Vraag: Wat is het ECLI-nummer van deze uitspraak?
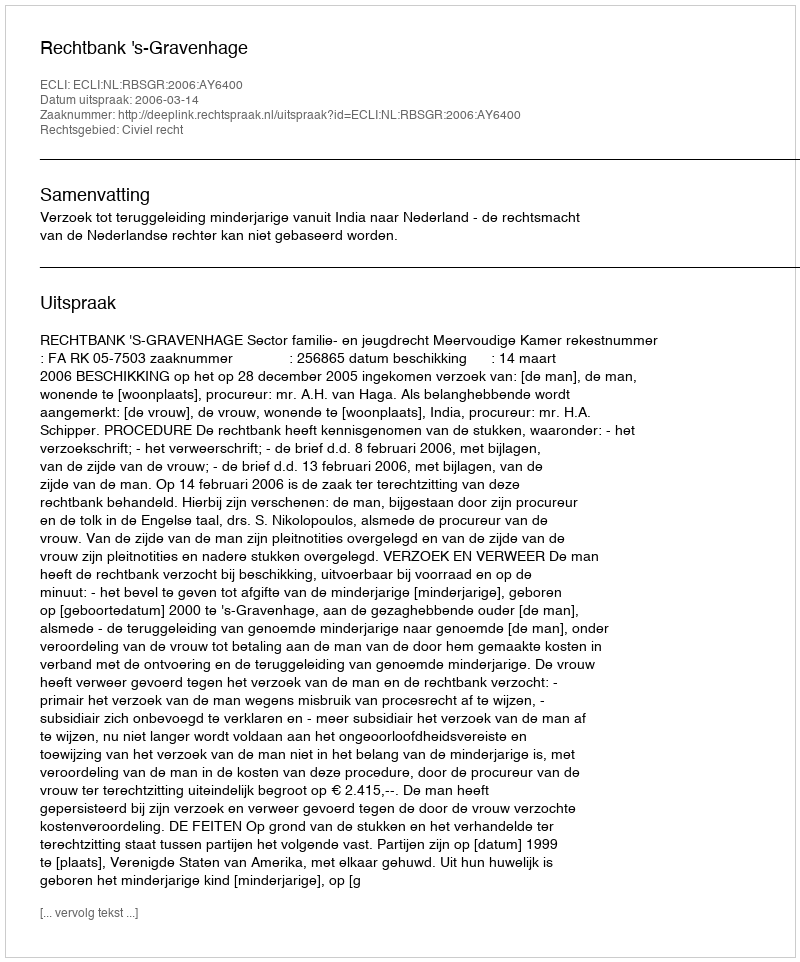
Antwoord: ECLI:NL:RBSGR:2006:AY6400